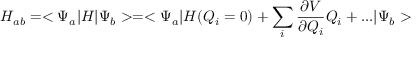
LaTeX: H _ { a b } = < \Psi _ { a } | H | \Psi _ { b } > = < \Psi _ { a } | H ( Q _ { i } = 0 ) + \sum _ { i } { \frac { \partial V } { \partial Q _ { i } } } Q _ { i } + . . . | \Psi _ { b } >